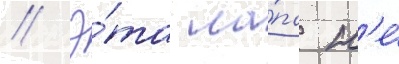
// Э́та ла́па н'е́